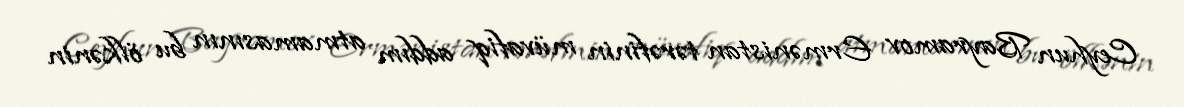
Ceyhun Bayramov Ermənistan tərəfinin müvafiq addım atmamasının bu ölkənin